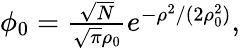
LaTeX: \begin{array}{r}{\phi_{0}=\frac{\sqrt{N}}{\sqrt{\pi}\rho_{0}}e^{-\rho^{2}/(2\rho_{0}^{2})},}\end{array}